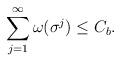
LaTeX: \begin{align*}\sum^{\infty}_{j=1}\omega(\sigma^{j})\leq C_{b}.\end{align*}